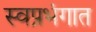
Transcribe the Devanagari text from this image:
स्वप्नभंगात